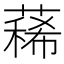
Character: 𦻎